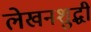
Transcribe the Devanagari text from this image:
लेखनशुद्धी